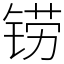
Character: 铹